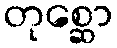
တုစ္ဆော